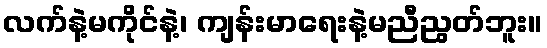
လက်နဲ့မကိုင်နဲ့၊ ကျန်းမာရေးနဲ့မညီညွတ်ဘူး။